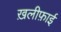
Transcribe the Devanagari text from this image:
ख़लीफ़ाई